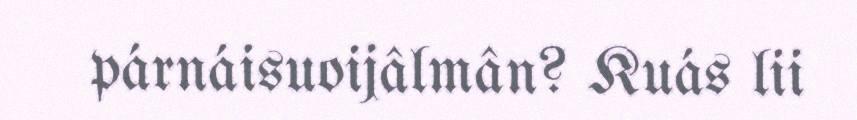
párnáisuoijâlmân? Kuás lii